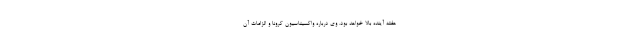
هفته آینده بالا خواهد بود. وی درباره واکسیناسیون کرونا و الزامات آن